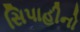
સિપાહીનો